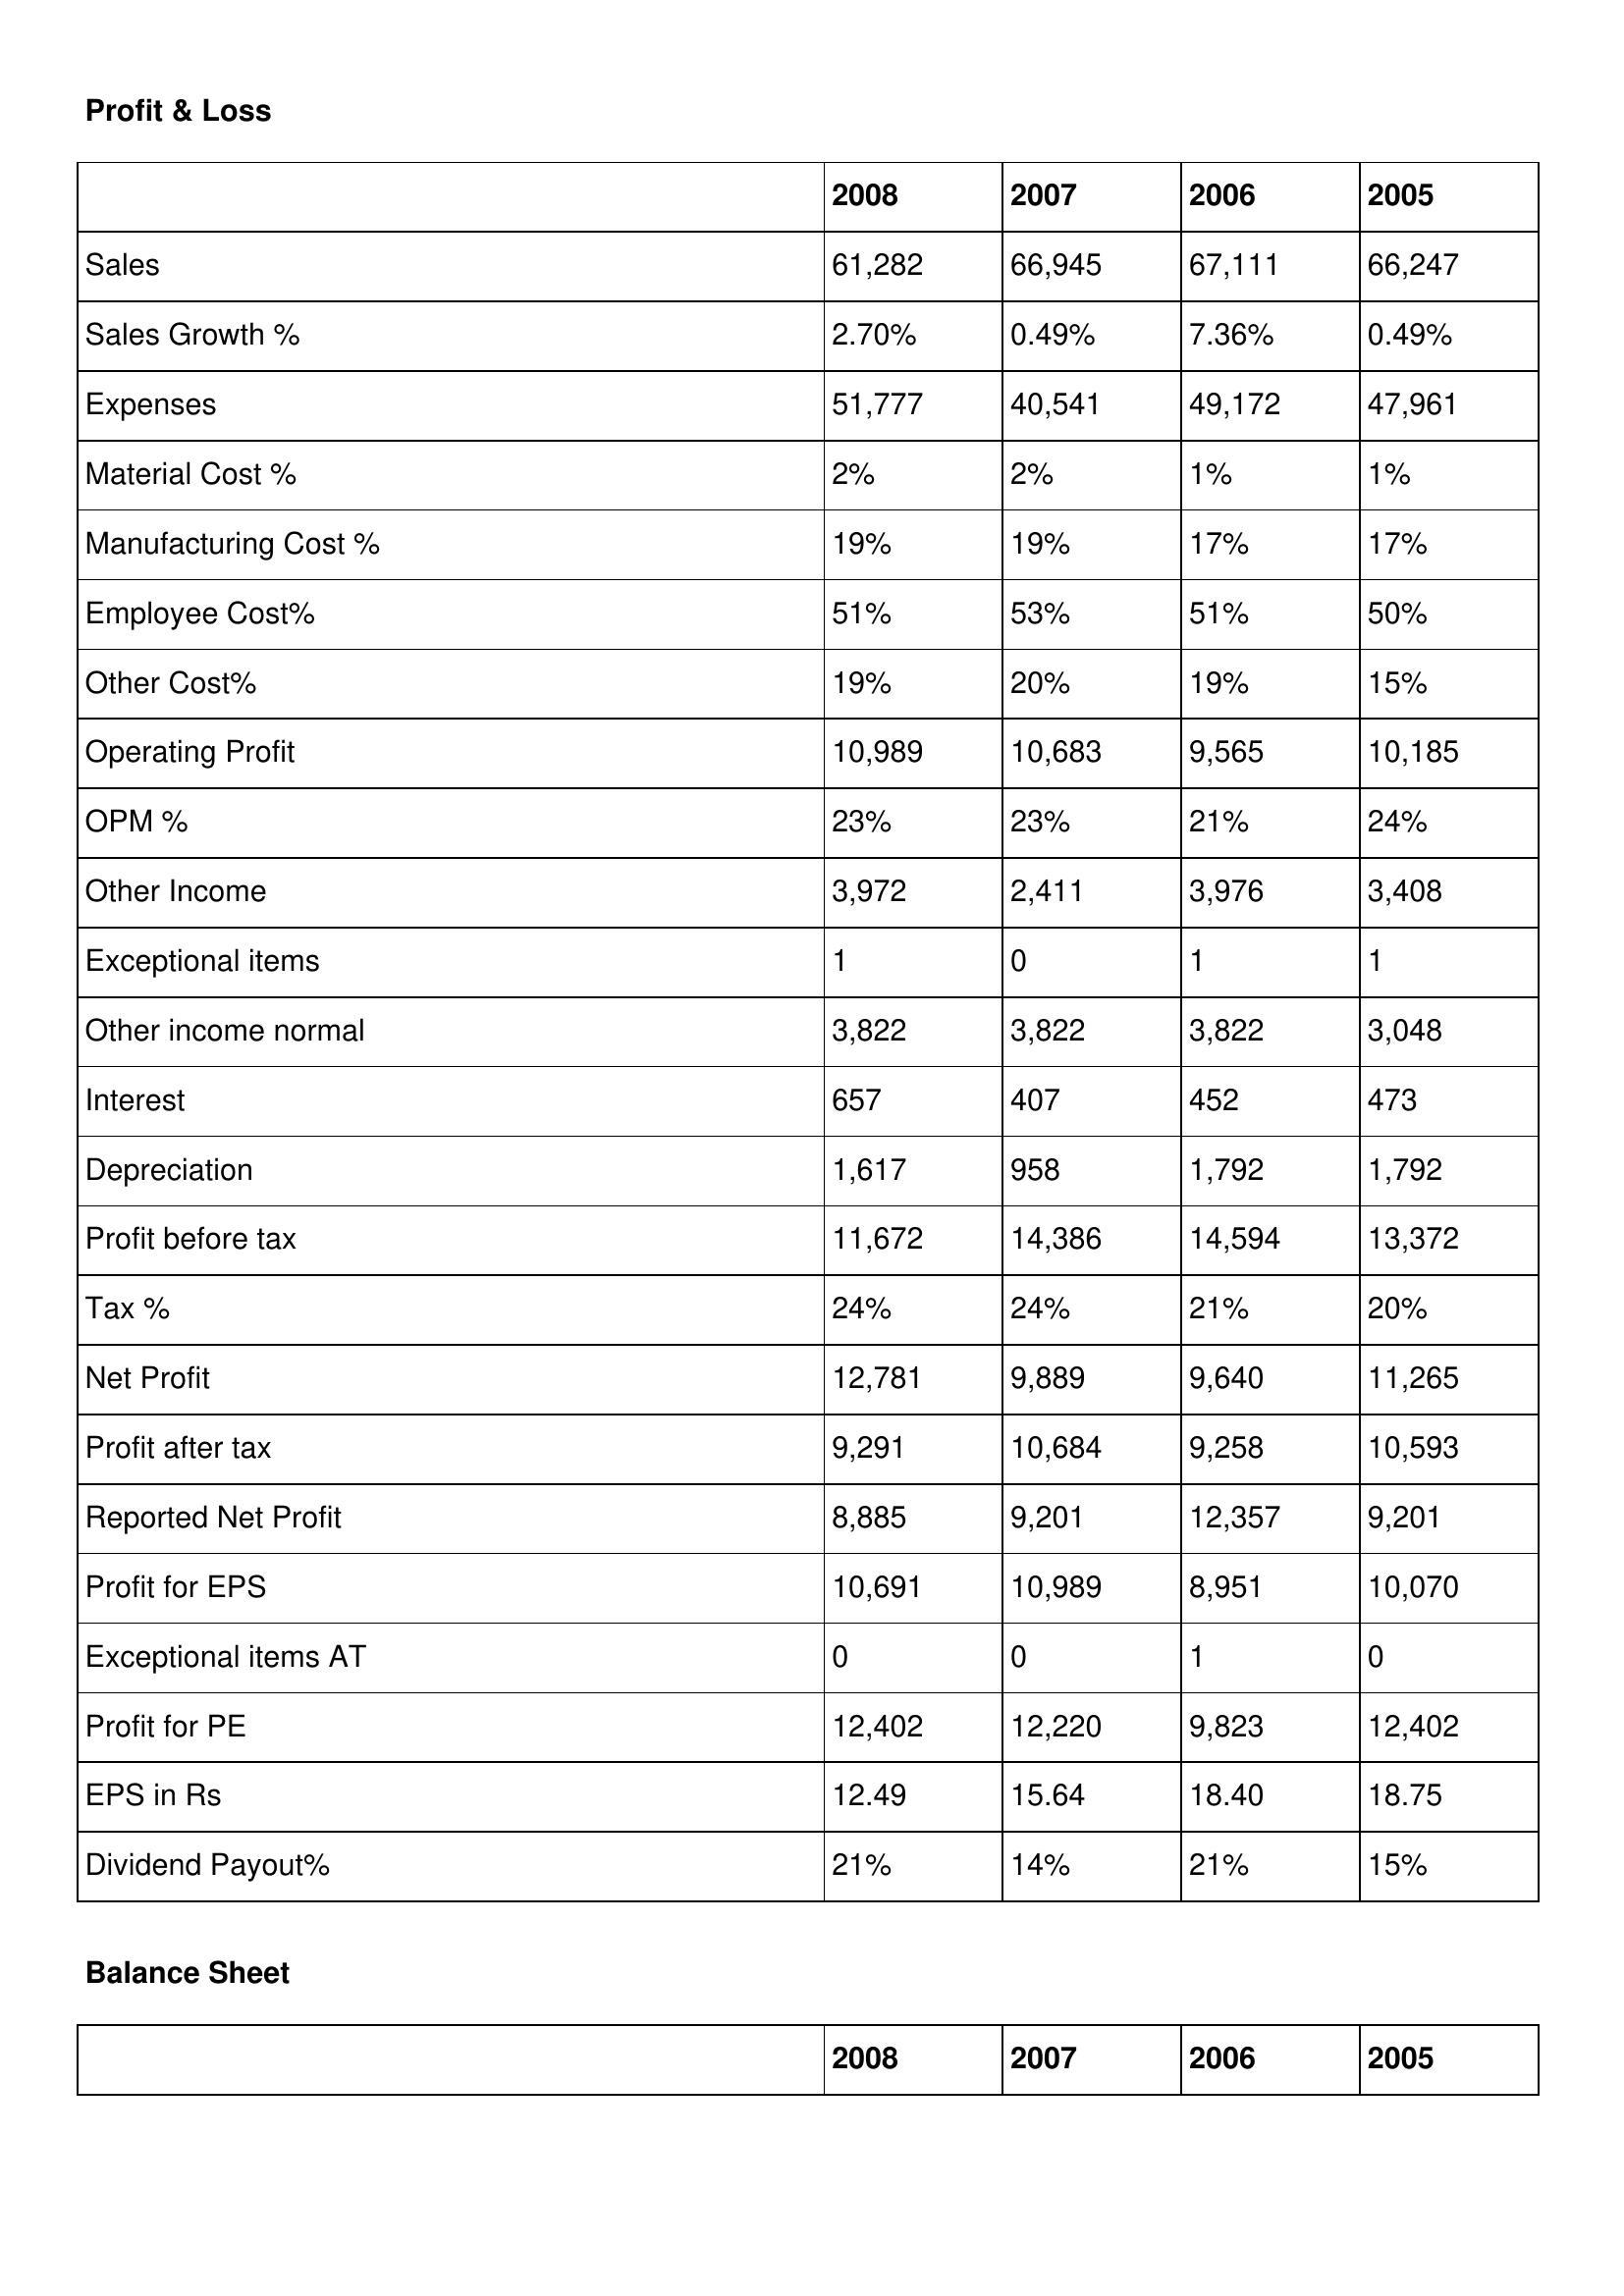
gt_parse: 2008: Profit & Loss: Sales: 61,282
Sales Growth %: 2.70%
Expenses: 51,777
Material Cost %: 2%
Manufacturing Cost %: 19%
Employee Cost%: 51%
Other Cost%: 19%
Operating Profit: 10,989
OPM %: 23%
Other Income: 3,972
Exceptional items: 1
Other income normal: 3,822
Interest: 657
Depreciation: 1,617
Profit before tax: 11,672
Tax %: 24%
Net Profit: 12,781
Profit after tax: 9,291
Reported Net Profit: 8,885
Profit for EPS: 10,691
Exceptional items AT: 0
Profit for PE: 12,402
EPS in Rs: 12.49
Dividend Payout%: 21%
2007: Profit & Loss: Sales: 66,945
Sales Growth %: 0.49%
Expenses: 40,541
Material Cost %: 2%
Manufacturing Cost %: 19%
Employee Cost%: 53%
Other Cost%: 20%
Operating Profit: 10,683
OPM %: 23%
Other Income: 2,411
Exceptional items: 0
Other income normal: 3,822
Interest: 407
Depreciation: 958
Profit before tax: 14,386
Tax %: 24%
Net Profit: 9,889
Profit after tax: 10,684
Reported Net Profit: 9,201
Profit for EPS: 10,989
Exceptional items AT: 0
Profit for PE: 12,220
EPS in Rs: 15.64
Dividend Payout%: 14%
2006: Profit & Loss: Sales: 67,111
Sales Growth %: 7.36%
Expenses: 49,172
Material Cost %: 1%
Manufacturing Cost %: 17%
Employee Cost%: 51%
Other Cost%: 19%
Operating Profit: 9,565
OPM %: 21%
Other Income: 3,976
Exceptional items: 1
Other income normal: 3,822
Interest: 452
Depreciation: 1,792
Profit before tax: 14,594
Tax %: 21%
Net Profit: 9,640
Profit after tax: 9,258
Reported Net Profit: 12,357
Profit for EPS: 8,951
Exceptional items AT: 1
Profit for PE: 9,823
EPS in Rs: 18.40
Dividend Payout%: 21%
2005: Profit & Loss: Sales: 66,247
Sales Growth %: 0.49%
Expenses: 47,961
Material Cost %: 1%
Manufacturing Cost %: 17%
Employee Cost%: 50%
Other Cost%: 15%
Operating Profit: 10,185
OPM %: 24%
Other Income: 3,408
Exceptional items: 1
Other income normal: 3,048
Interest: 473
Depreciation: 1,792
Profit before tax: 13,372
Tax %: 20%
Net Profit: 11,265
Profit after tax: 10,593
Reported Net Profit: 9,201
Profit for EPS: 10,070
Exceptional items AT: 0
Profit for PE: 12,402
EPS in Rs: 18.75
Dividend Payout%: 15%